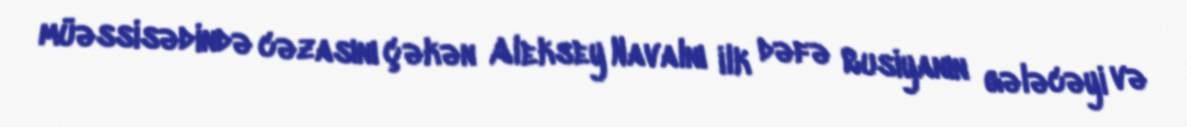
müəssisədində cəzasını çəkən Aleksey Navalnı ilk dəfə Rusiyanın gələcəyi və